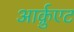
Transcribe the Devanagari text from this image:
आर्क़ुएट